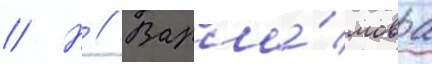
// Н // Варла́мова